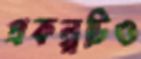
প্রকল্পটিও